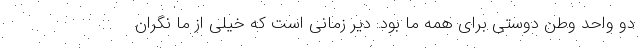
دو واحد وطن دوستی برای همه ما بود. دیر زمانی است که خیلی از ما نگران